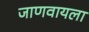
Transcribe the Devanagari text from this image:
जाणवायला